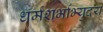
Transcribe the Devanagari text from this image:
धर्मशर्भाभ्युदय